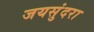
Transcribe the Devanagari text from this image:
जयसुंदरा